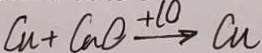
C u + C a O \xrightarrow { + 1 0 } C u